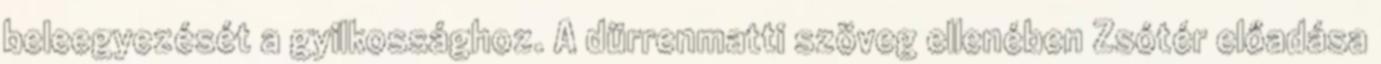
beleegyezését a gyilkossághoz. A dürrenmatti szöveg ellenében Zsótér előadása